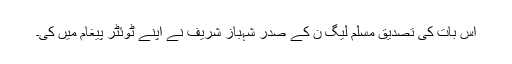
اس بات کی تصدیق مسلم لیگ ن کے صدر شہباز شریف نے اپنے ٹوئٹر پیغام میں کی۔